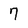
Character: 7